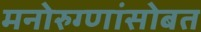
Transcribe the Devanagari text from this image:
मनोरुग्णांसोबत